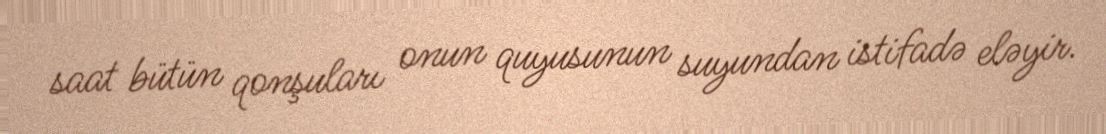
saat bütün qonşuları onun quyusunun suyundan istifadə eləyir.